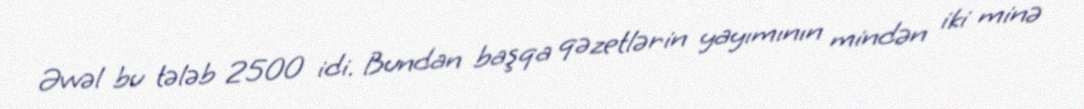
Əvvəl bu tələb 2500 idi. Bundan başqa qəzetlərin yayımının mindən iki minə